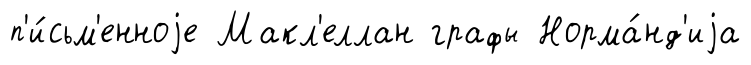
п'и́сьм'енноjе Макл'еллан графы Норма́нд'иjа